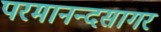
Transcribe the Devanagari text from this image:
परमानन्दसागर